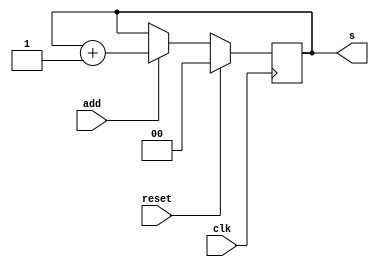
//Contador 2-bits com sinal de contagem.
module contador_2b (add, reset, clk, s);
    parameter TRUE = 1'b1, FALSE = 1'b0;

    input add, reset, clk;
    output reg [1:0] s;

    initial begin
        s = 2'b00;
    end

    always @ (posedge clk) begin
        if (reset == TRUE) s = 2'b00;
        else if (add == TRUE) s = s + 2'b01;
        
    end
endmodule